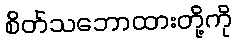
စိတ်သဘောထားတို့ကို